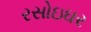
રસોઇઘર